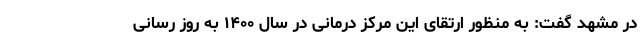
در مشهد گفت: به منظور ارتقای این مرکز درمانی در سال ۱۴۰۰ به روز رسانی